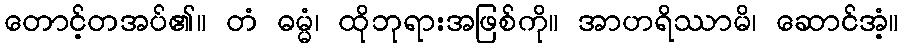
တောင့်တအပ်၏။ တံ ဓမ္မံ၊ ထိုဘုရားအဖြစ်ကို။ အာဟရိဿာမိ၊ ဆောင်အံ့။